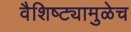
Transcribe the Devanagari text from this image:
वैशिष्ट्यामुळेच